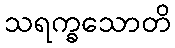
သရက္ခသောတိ